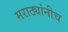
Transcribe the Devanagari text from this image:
मराठ्यांनीच